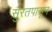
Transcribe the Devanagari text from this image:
सुरतपासून